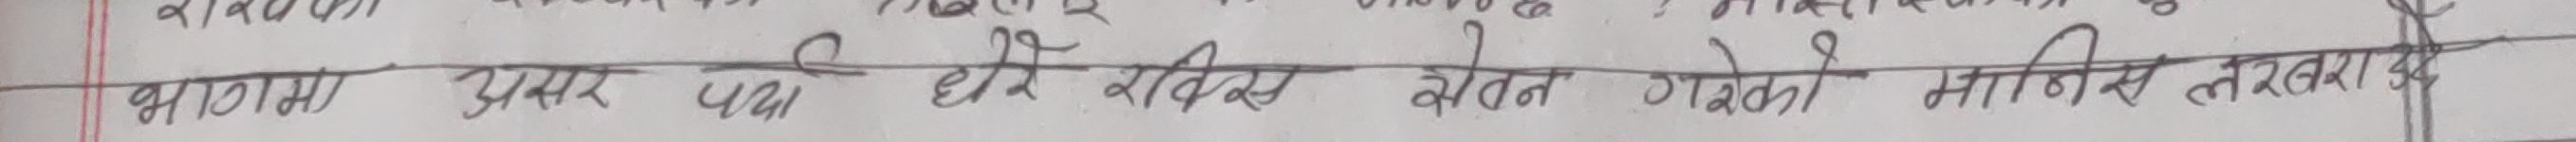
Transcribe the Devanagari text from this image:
भाषणमा असर पर्दा धेरै रिक्स बोल्न गरेको मानिस तरवर।